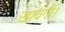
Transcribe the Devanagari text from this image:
खायेगी।